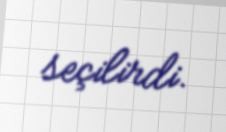
seçilirdi.